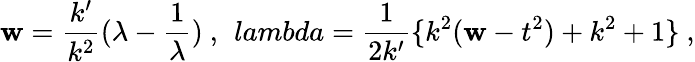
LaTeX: \mathbf{w}=\frac{{k^{\prime}}}{{k^{2}}}(\lambda-\frac{{1}}{{\lambda}})\ ,\ \, lambda=\frac{{1}}{{2k^{\prime}}}\{ k^{2}(\mathbf{w}-t^{2})+k^{2}+1\} \ ,